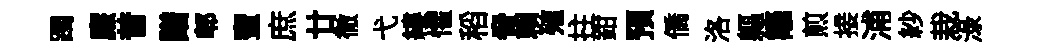
躅㢘昔譜郫蜜庶廿徹弋縷懼稻脅賴殖拄鉗预僑洛軀籬煎接浦紗栽渌